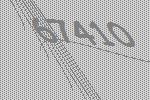
67410